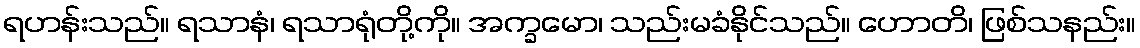
ရဟန်းသည်။ ရသာနံ၊ ရသာရုံတို့ကို။ အက္ခမော၊ သည်းမခံနိုင်သည်။ ဟောတိ၊ ဖြစ်သနည်း။